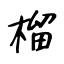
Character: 榴